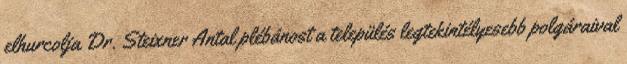
elhurcolja Dr. Steixner Antal plébánost a település legtekintélyesebb polgáraival